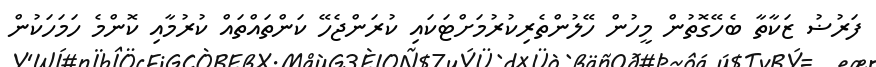
ފަރުޟު ޒަކާތާ ބެހޭގޮތުން މީހުން ހޭލުންތެރިކުރުމަށްޓަކައި ކުރަންޖެހޭ ކަންތައްތައް ކުރުމާއި ކޮންމެ ހަމަހަކުން